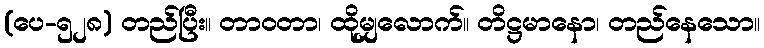
(ပေ-၅၂၈) တည်ပြီး။ တာဝတာ၊ ထိုမျှလောက်။ တိဋ္ဌမာနော၊ တည်နေသော။